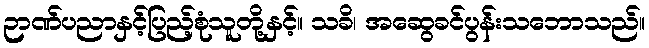
ဉာဏ်ပညာနှင့်ပြည့်စုံသူတို့နှင့်။ သခိ၊ အဆွေခင်ပွန်းသဘောသည်။